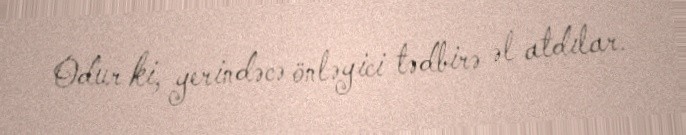
Odur ki, yerindəcə önləyici tədbirə əl atdılar.